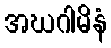
အဃဂါမိနံ